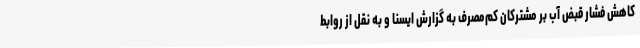
کاهش فشار قبض آب بر مشترکان کم‌مصرف به گزارش ایسنا و به نقل از روابط